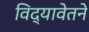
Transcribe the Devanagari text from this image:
विद्यावेतने